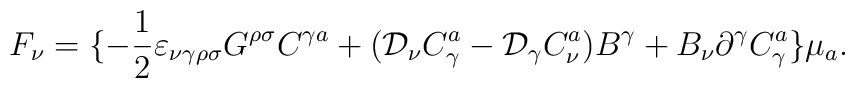
F_\nu=\{-\frac{1}{2}\varepsilon_{\nu\gamma\rho\sigma} G^{\rho\sigma}C^{\gamma a}+({\cal D}_{\nu}C_\gamma^a- {\cal D}_{\gamma}C_\nu^a)B^\gamma+B_\nu\partial^\gamma C_\gamma^a\}\mu_a.